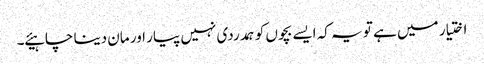
اختیار میں ہے تو یہ کہ ایسے بچوں کو ہمدردی نہیں پیار اور مان دینا چاہیئے ۔